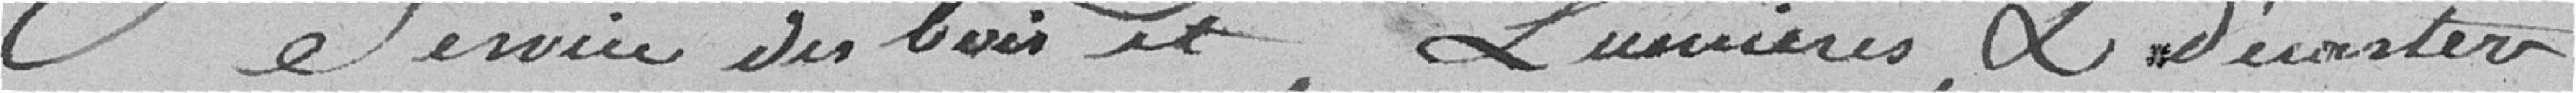
service des bois et lumières et d'écarter